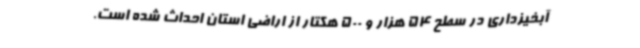
آبخیزداری در سطح 54 هزار و 500 هکتار از اراضی استان احداث شده است.